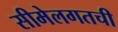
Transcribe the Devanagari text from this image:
सीमेलगतची